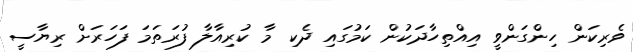
ވެރިކަން ހިންގަންވީ އިއްތިހާދަކުން ކަމުގައި ދެކި މާ ކުރިއާލާ ފުރަތަމަ ފަހަރަށް ރިޔާސީ